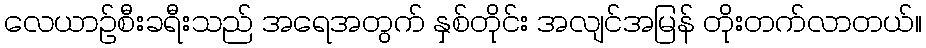
လေယာဉ်စီးခရီးသည် အရေအတွက် နှစ်တိုင်း အလျင်အမြန် တိုးတက်လာတယ်။